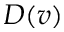
D ( v )